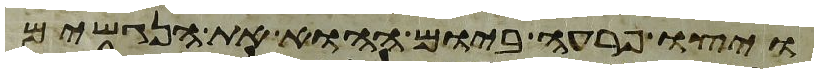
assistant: ויצו פרעה ביום ההוא את הנגשים